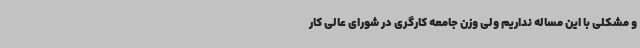
و مشکلی با این مساله نداریم ولی وزن جامعه کارگری در شورای عالی کار